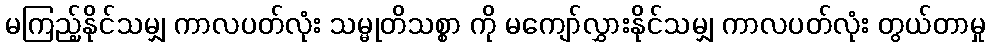
မကြည့်နိုင်သမျှ ကာလပတ်လုံး သမ္မုတိသစ္စာ ကို မကျော်လွှားနိုင်သမျှ ကာလပတ်လုံး တွယ်တာမှု